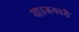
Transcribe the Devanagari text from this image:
था।जनवरी